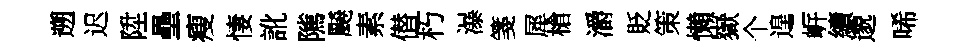
遡迟陞壘瘦悽訛隲飇素僣朽瀑箋犀槍灂貶策懶嶽个遑㟁續邈唏